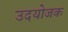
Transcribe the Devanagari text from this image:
उदयोजक